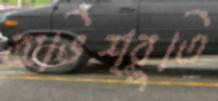
অভিশ্রুতি